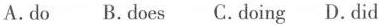
A.do B.does C.doing D.did